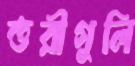
তরীগুলি